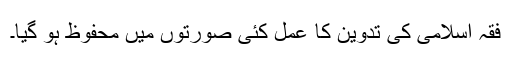
فقہ اسلامی کی تدوین کا عمل کئی صورتوں میں محفوظ ہو گیا۔